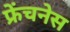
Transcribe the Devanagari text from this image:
फ्रेंचनेस